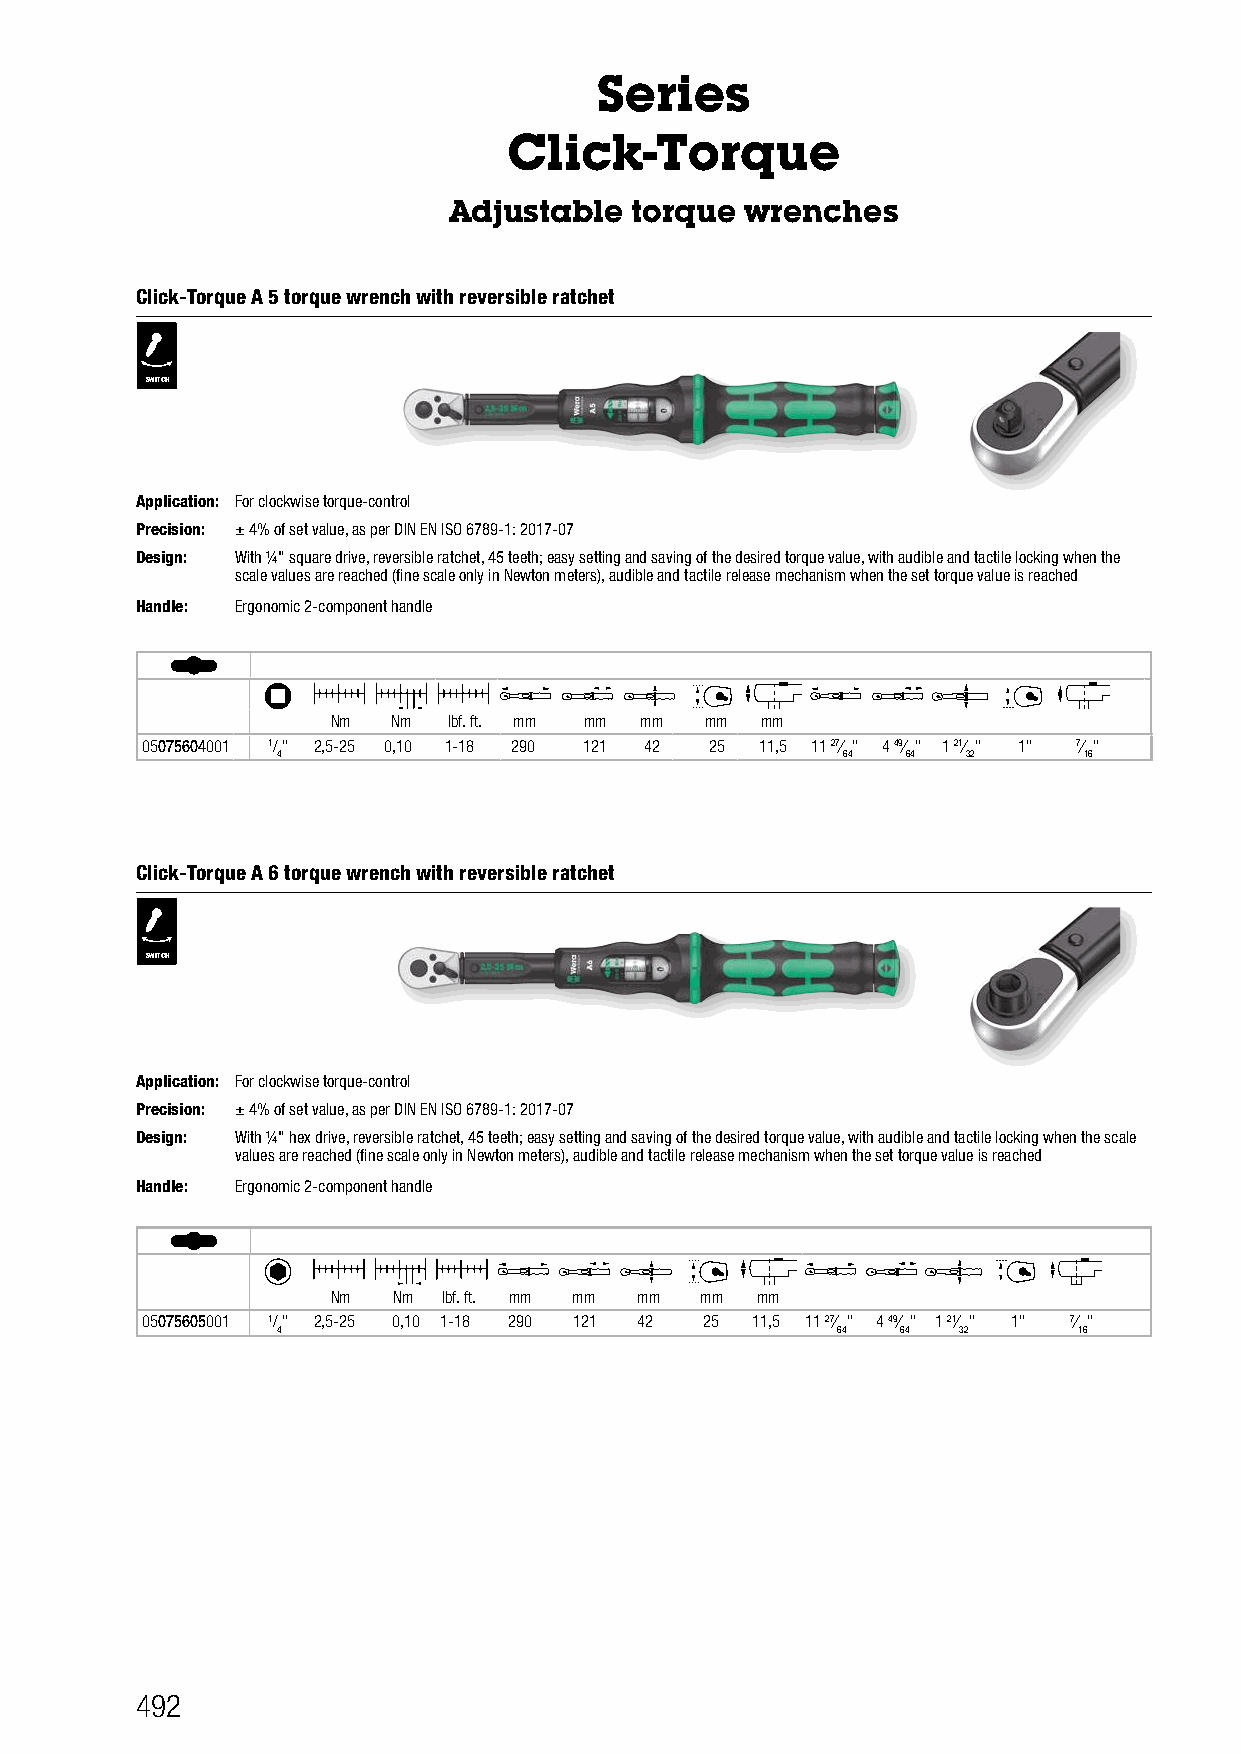
Series
 Click-Torque
 Adjustable  torque wrenches
 Click-Torque A 5 torque wrench with reversible ratchet
 SWITCH
 Application: For clockwise torque-control
 Precision: ± 4% of set value, as per DIN EN ISO 6789-1: 2017-07
 Design: With ¼" square drive, reversible ratchet, 45 teeth; easy setting and saving of the desired torque value, with audible and tactile locking when the
 scale values are reached (fine scale only in Newton meters), audible and tactile release mechanism when the set torque value is reached
 Handle: Ergonomic 2-component handle
 Nm  Nm  lbf. ft. mm mm mm mm mm
 05075604001 1/" 2,5-25 0,10 1-18 290 121 42 25 11,5 11 27⁄ " 4 49⁄ " 1 21⁄ " 1" 7⁄ "
 4                                     64  64  32      16
 Click-Torque A 6 torque wrench with reversible ratchet
 SWITCH
 Application: For clockwise torque-control
 Precision: ± 4% of set value, as per DIN EN ISO 6789-1: 2017-07
 Design: With ¼" hex drive, reversible ratchet, 45 teeth; easy setting and saving of the desired torque value, with audible and tactile locking when the scale
 values are reached (fine scale only in Newton meters), audible and tactile release mechanism when the set torque value is reached
 Handle: Ergonomic 2-component handle
 Nm  Nm lbf. ft. mm mm mm mm mm
 05075605001 1/" 2,5-25 0,10 1-18 290 121 42 25 11,5 11 27⁄ " 4 49⁄ " 1 21⁄ " 1" 7⁄ "
 4                                    64   64 32      16
 492